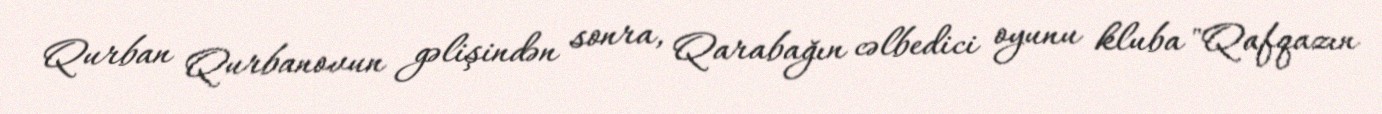
Qurban Qurbanovun gəlişindən sonra, Qarabağın cəlbedici oyunu kluba "Qafqazın